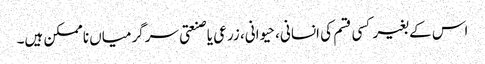
اس کے بغیر کسی قسم کی انسانی، حیوانی، زرعی یا صنعتی سرگرمیاں ناممکن ہیں۔